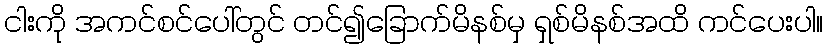
ငါးကို အကင်စင်ပေါ်တွင် တင်၍ခြောက်မိနစ်မှ ရှစ်မိနစ်အထိ ကင်ပေးပါ။